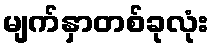
မျက်နှာတစ်ခုလုံး